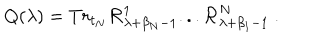
Q ( \lambda ) = T r _ { t _ { N } } { \cal R } _ { \lambda + \beta _ { N } - 1 } ^ { 1 } . . . { \cal R } _ { \lambda + \beta _ { 1 } - 1 } ^ { N } ~ .